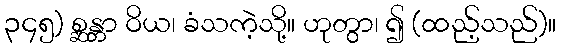
၃၄၅) စ္ဆန္တာ ဝိယ၊ ခံသကဲ့သို့။ ဟုတွာ၊ ၍ (ထည့်သည်)။